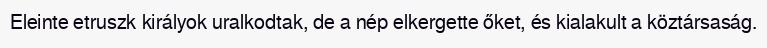
Eleinte etruszk királyok uralkodtak, de a nép elkergette őket, és kialakult a köztársaság.